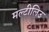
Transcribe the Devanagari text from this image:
मल्टीलिउ